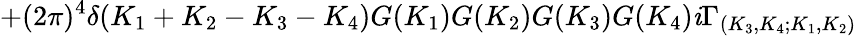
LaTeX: +(2\pi)^{4}\delta({K_{1}+K_{2}-K_{3}-K_{4}})G(K_{1})G(K_{2})G(K_{3})G(K_{4})\mathit{i}\Gamma_{(K_{3},K_{4};K_{1},K_{2})}